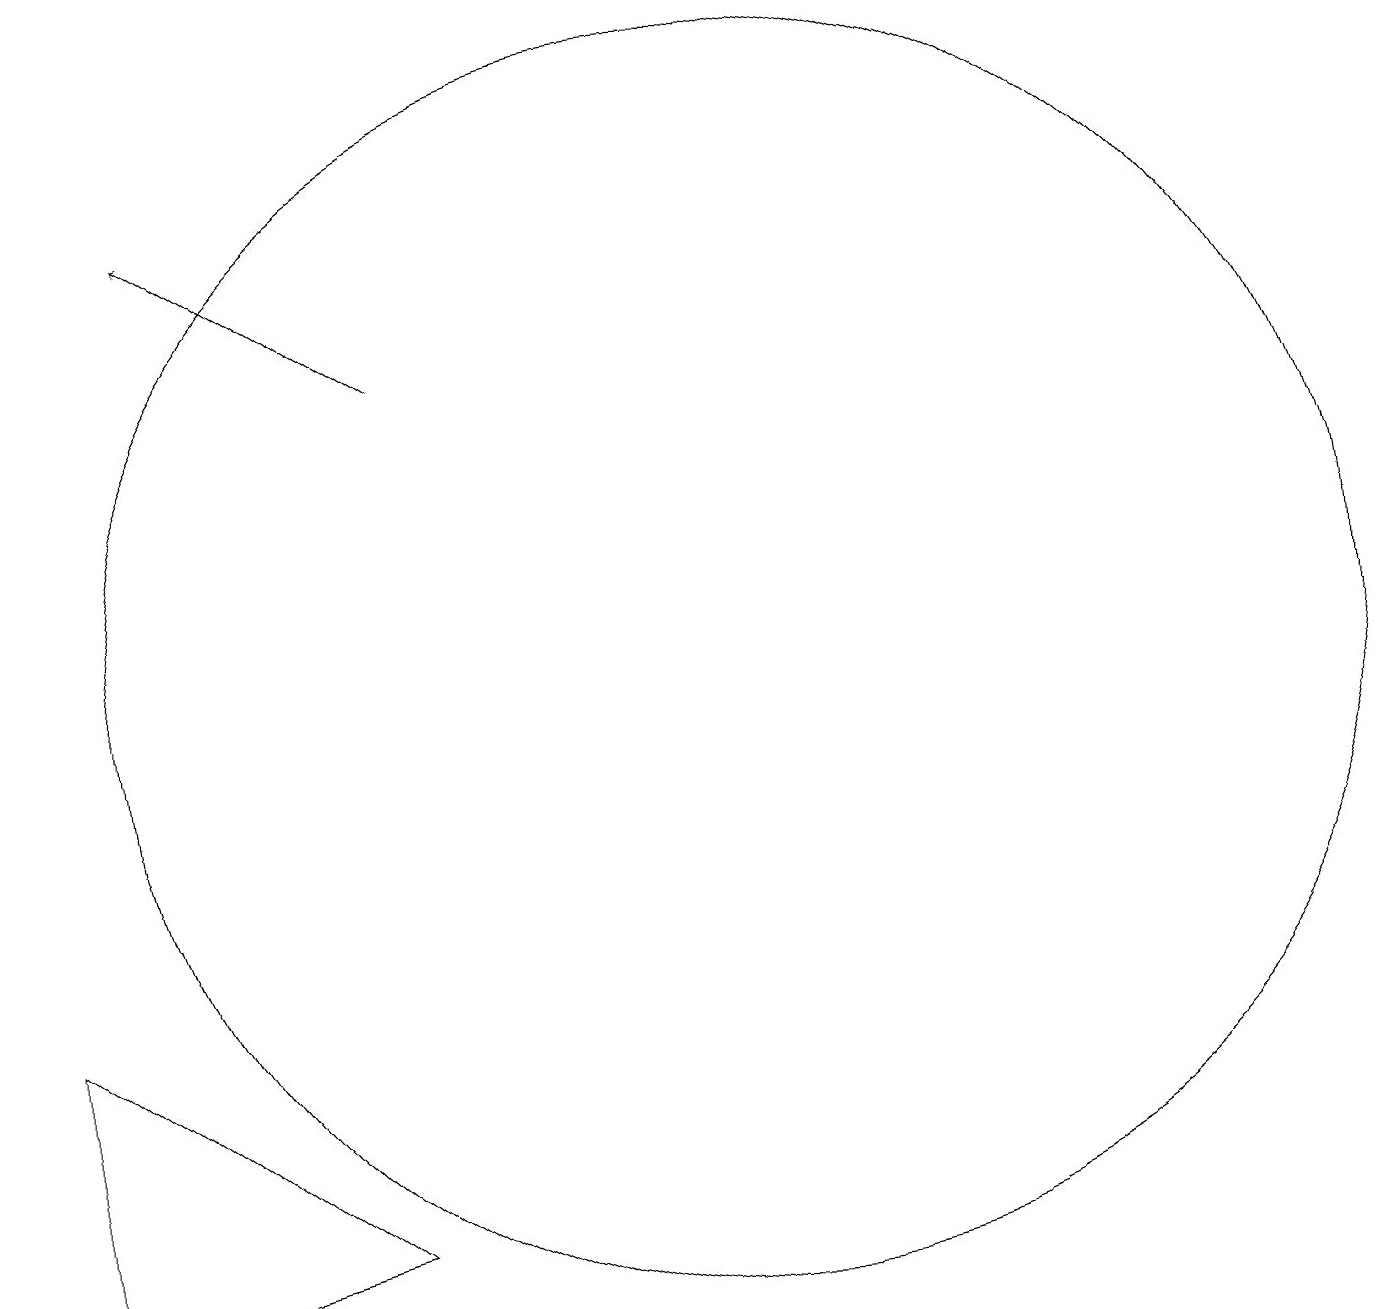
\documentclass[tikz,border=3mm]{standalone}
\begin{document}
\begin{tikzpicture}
\draw (2,3) -- (2,7) -- (6,4) -- cycle;
\draw (11,11) circle (8);
\draw[->] (7,15) -- (4,17);
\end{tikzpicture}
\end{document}